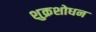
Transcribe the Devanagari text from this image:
शुक्रशोधन